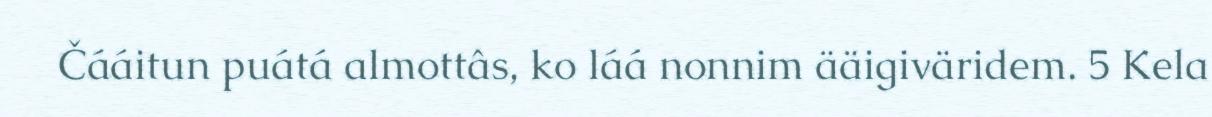
Čááitun puátá almottâs, ko láá nonnim ääigiväridem. 5 Kela